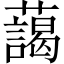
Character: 藹